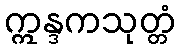
ဣန္ဒကသုတ္တံ